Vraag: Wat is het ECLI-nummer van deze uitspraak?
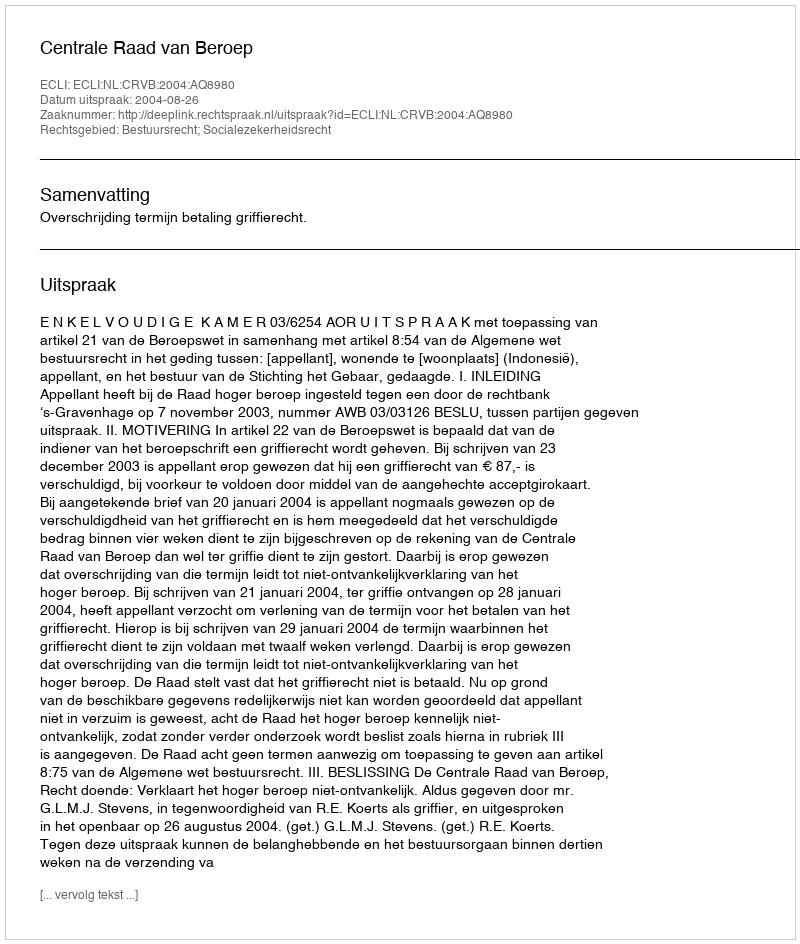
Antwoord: ECLI:NL:CRVB:2004:AQ8980